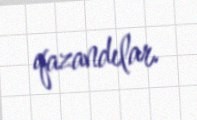
qazandılar.